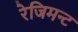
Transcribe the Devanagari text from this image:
रेजिमन्ट